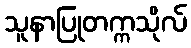
သူနာပြုတက္ကသိုလ်